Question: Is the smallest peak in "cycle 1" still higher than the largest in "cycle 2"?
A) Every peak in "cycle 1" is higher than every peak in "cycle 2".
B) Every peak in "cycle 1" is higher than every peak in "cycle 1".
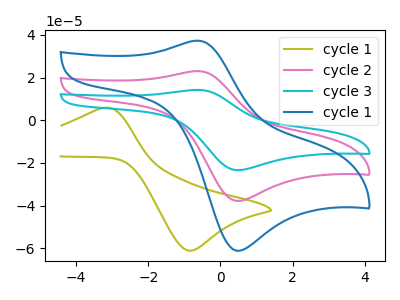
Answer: <think>The olive curve "cycle 1" has an anodic peak at (-3.25V, 5.75uA) and a cathodic peak at (-0.85V, -61.10uA). The pink curve "cycle 2" has an anodic peak at (-0.65V, 23.05uA) and a cathodic peak at (0.55V, -37.75uA). The cyan curve "cycle 3" has an anodic peak at (-0.65V, 46.10uA) and a cathodic peak at (0.55V, -75.50uA). The blue curve "cycle 1" has an anodic peak at (-0.65V, 37.30uA) and a cathodic peak at (0.55V, -61.10uA).</think>
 <answer>A) Every peak in "cycle 1" is higher than every peak in "cycle 2".</answer>
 <eval>A</eval>